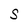
Character: s